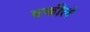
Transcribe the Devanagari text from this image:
वकीलं